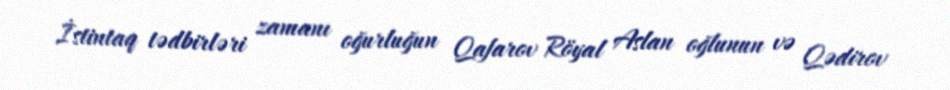
İstintaq tədbirləri zamanı oğurluğun Qafarov Röyal Aslan oğlunun və Qədirov